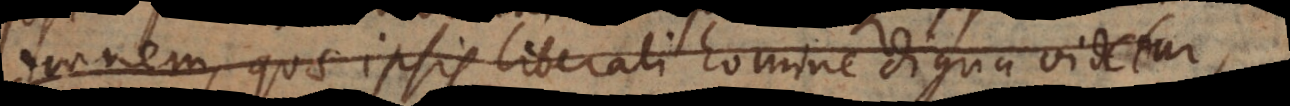
omnem, quae ipsis liberali homine digna videtur,